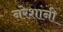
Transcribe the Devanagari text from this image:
नरेशांनी